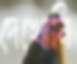
দেখোনি